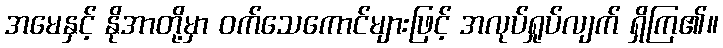
အမေနှင့် နိုအာတို့မှာ ဝက်သေကောင်များဖြင့် အလုပ်ရှုပ်လျက် ရှိကြ၏။